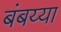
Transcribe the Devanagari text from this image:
बंबय्या